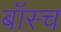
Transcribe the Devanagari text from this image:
बॉस्च